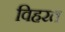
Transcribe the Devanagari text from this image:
विहरत